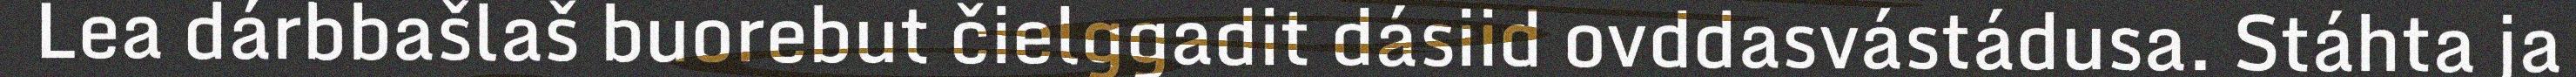
Lea dárbbašlaš buorebut čielggadit dásiid ovddasvástádusa. Stáhta ja